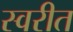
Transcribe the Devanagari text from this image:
स्वरीत